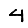
Digit: 4